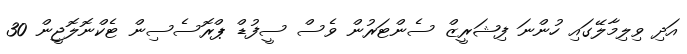
އަދި ވިލިމާލޭގައި ހުންނަ ފިޝަރީޒް ސެންޓަރުން ވެސް ސީފުޑް ޕްރޮސެސިން ޓެކްނޮލޮޖީން 30